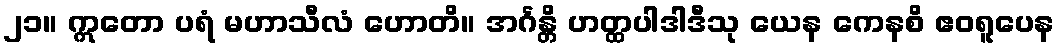
၂၁။ ဣတော ပရံ မဟာသီလံ ဟောတိ။ အင်္ဂန္တိ ဟတ္ထပါဒါဒီသု ယေန ကေနစိ ဧဝရူပေန